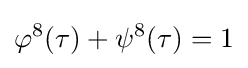
\varphi ^{8}(\tau )+\psi ^{8}(\tau )=1